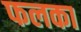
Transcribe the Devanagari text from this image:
फलका